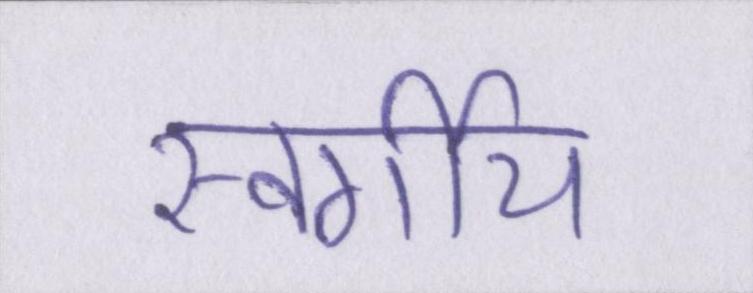
स्वर्गीय